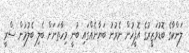
ލަންކާގެ ބޮޑުވަޒީރުގެ އޮފީހުން ނެރުނު ބަޔާނެއްގައި ބުނީ މިހާތަނަށް ބެލި ބެލުމުން ސްރީ